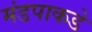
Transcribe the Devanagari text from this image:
मंडपाकडे